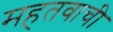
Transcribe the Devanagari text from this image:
महतवाची